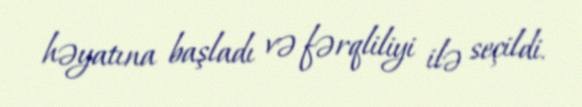
həyatına başladı və fərqliliyi ilə seçildi.